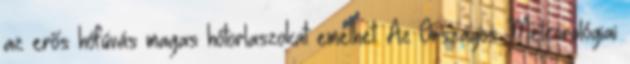
az erős hófúvás magas hótorlaszokat emelhet. Az Országos Meteorológiai